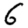
Digit: 6